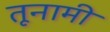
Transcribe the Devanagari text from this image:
तूनामी